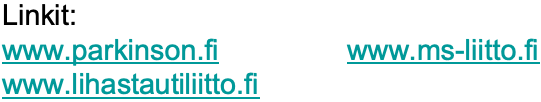
Linkit: www.parkinson.fi www.ms-liitto.fi www.lihastautiliitto.fi